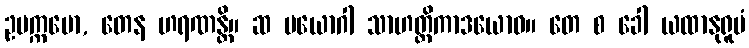
ဥပက္ကမော, တေန ဟရဏန္တိ။ ဆ ပယောဂါ သာဟတ္ထိကာဒယောဝ။ တေ စ ခေါ ယထာနုရူပံ